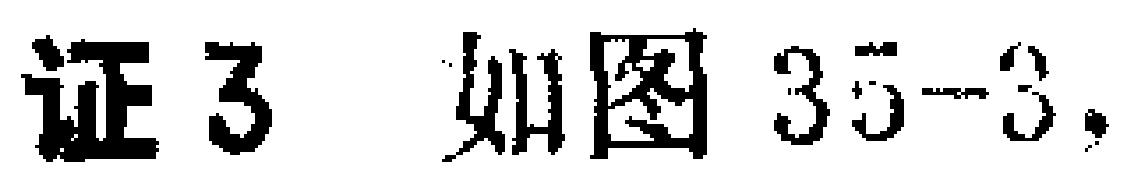
证3 如图35-3.